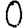
Digit: 0